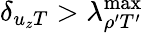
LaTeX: \delta_{{u_{z}}T}>\lambda_{\rho^{\prime}T^{\prime}}^{\mathrm{max}}